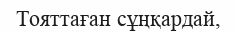
Тояттаған сұңқардай,